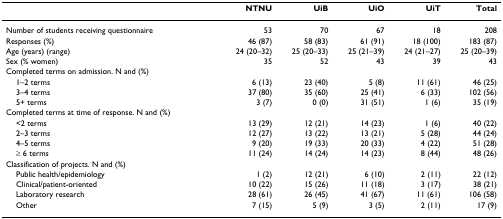
<table><thead><tr><td></td><td><b>NTNU</b></td><td><b>UiB</b></td><td><b>UiO</b></td><td><b>UiT</b></td><td><b>Total</b></td></tr></thead><tbody><tr><td>Number of students receiving questionnaire</td><td>53</td><td>70</td><td>67</td><td>18</td><td>208</td></tr><tr><td>Responses (%)</td><td>46 (87)</td><td>58 (83)</td><td>61 (91)</td><td>18 (100)</td><td>183 (87)</td></tr><tr><td>Age (years) (range)</td><td>24 (20–32)</td><td>25 (20–33)</td><td>25 (21–39)</td><td>24 (21–27)</td><td>25 (20–39)</td></tr><tr><td>Sex (% women)</td><td>35</td><td>52</td><td>43</td><td>39</td><td>43</td></tr><tr><td>Completed terms on admission. N and (%)</td><td></td><td></td><td></td><td></td><td></td></tr><tr><td> 1–2 terms</td><td>6 (13)</td><td>23 (40)</td><td>5 (8)</td><td>11 (61)</td><td>46 (25)</td></tr><tr><td> 3–4 terms</td><td>37 (80)</td><td>35 (60)</td><td>25 (41)</td><td>6 (33)</td><td>102 (56)</td></tr><tr><td> 5+ terms</td><td>3 (7)</td><td>0 (0)</td><td>31 (51)</td><td>1 (6)</td><td>35 (19)</td></tr><tr><td>Completed terms at time of response. N and (%)</td><td></td><td></td><td></td><td></td><td></td></tr><tr><td> &lt;2 terms</td><td>13 (29)</td><td>12 (21)</td><td>14 (23)</td><td>1 (6)</td><td>40 (22)</td></tr><tr><td> 2–3 terms</td><td>12 (27)</td><td>13 (22)</td><td>13 (21)</td><td>5 (28)</td><td>44 (24)</td></tr><tr><td> 4–5 terms</td><td>9 (20)</td><td>19 (33)</td><td>20 (33)</td><td>4 (22)</td><td>51 (28)</td></tr><tr><td> ≥ 6 terms</td><td>11 (24)</td><td>14 (24)</td><td>14 (23)</td><td>8 (44)</td><td>48 (26)</td></tr><tr><td>Classification of projects. N and (%)</td><td></td><td></td><td></td><td></td><td></td></tr><tr><td> Public health/epidemiology</td><td>1 (2)</td><td>12 (21)</td><td>6 (10)</td><td>2 (11)</td><td>22 (12)</td></tr><tr><td> Clinical/patient-oriented</td><td>10 (22)</td><td>15 (26)</td><td>11 (18)</td><td>3 (17)</td><td>38 (21)</td></tr><tr><td> Laboratory research</td><td>28 (61)</td><td>26 (45)</td><td>41 (67)</td><td>11 (61)</td><td>106 (58)</td></tr><tr><td> Other</td><td>7 (15)</td><td>5 (9)</td><td>3 (5)</td><td>2 (11)</td><td>17 (9)</td></tr></tbody></table>